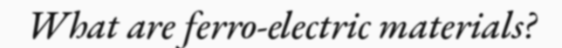
What are ferro-electric materials?